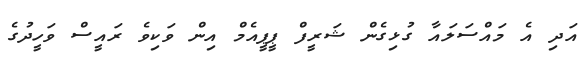
އަދި އެ މައްސަލައާ ގުޅިގެން ޝަރީފް ޕީޕީއެމް އިން ވަކިވެ ރައީސް ވަހީދުގެ